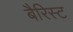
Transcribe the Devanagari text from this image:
बैरिस्ट